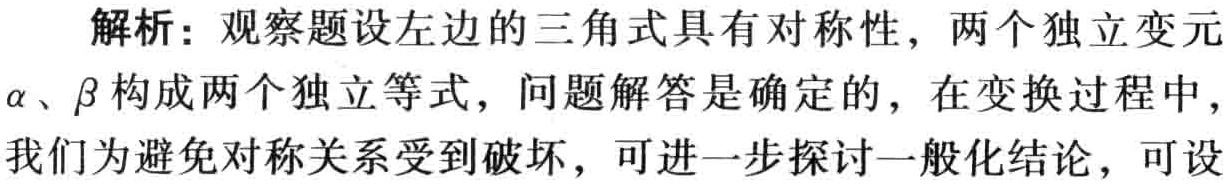
解析：观察题设左边的三角式具有对称性，两个独立变元
\(\alpha、\beta\)构成两个独立等式，问题解答是确定的，在变换过程中，
我们为避免对称关系受到破坏，可进一步探讨一般化结论，可设